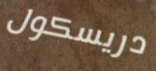
دريسكول